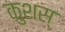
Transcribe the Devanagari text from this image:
कुशस्